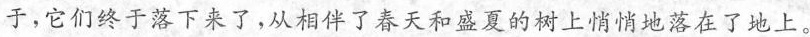
于，它们终于落下来了，从相伴了春天和盛夏的树上悄悄地落在了地上。